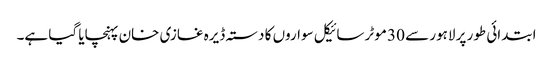
ابتدائی طور پر لاہور سے 30 موٹر سائیکل سواروں کا دستہ ڈیرہ غازی خان پہنچایا گیا ہے۔